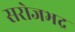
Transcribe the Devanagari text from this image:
सरोजभद्र